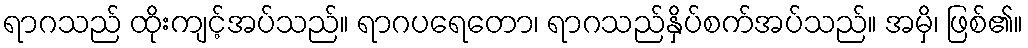
ရာဂသည် ထိုးကျင့်အပ်သည်။ ရာဂပရေတော၊ ရာဂသည်နှိပ်စက်အပ်သည်။ အမှိ၊ ဖြစ်၏။